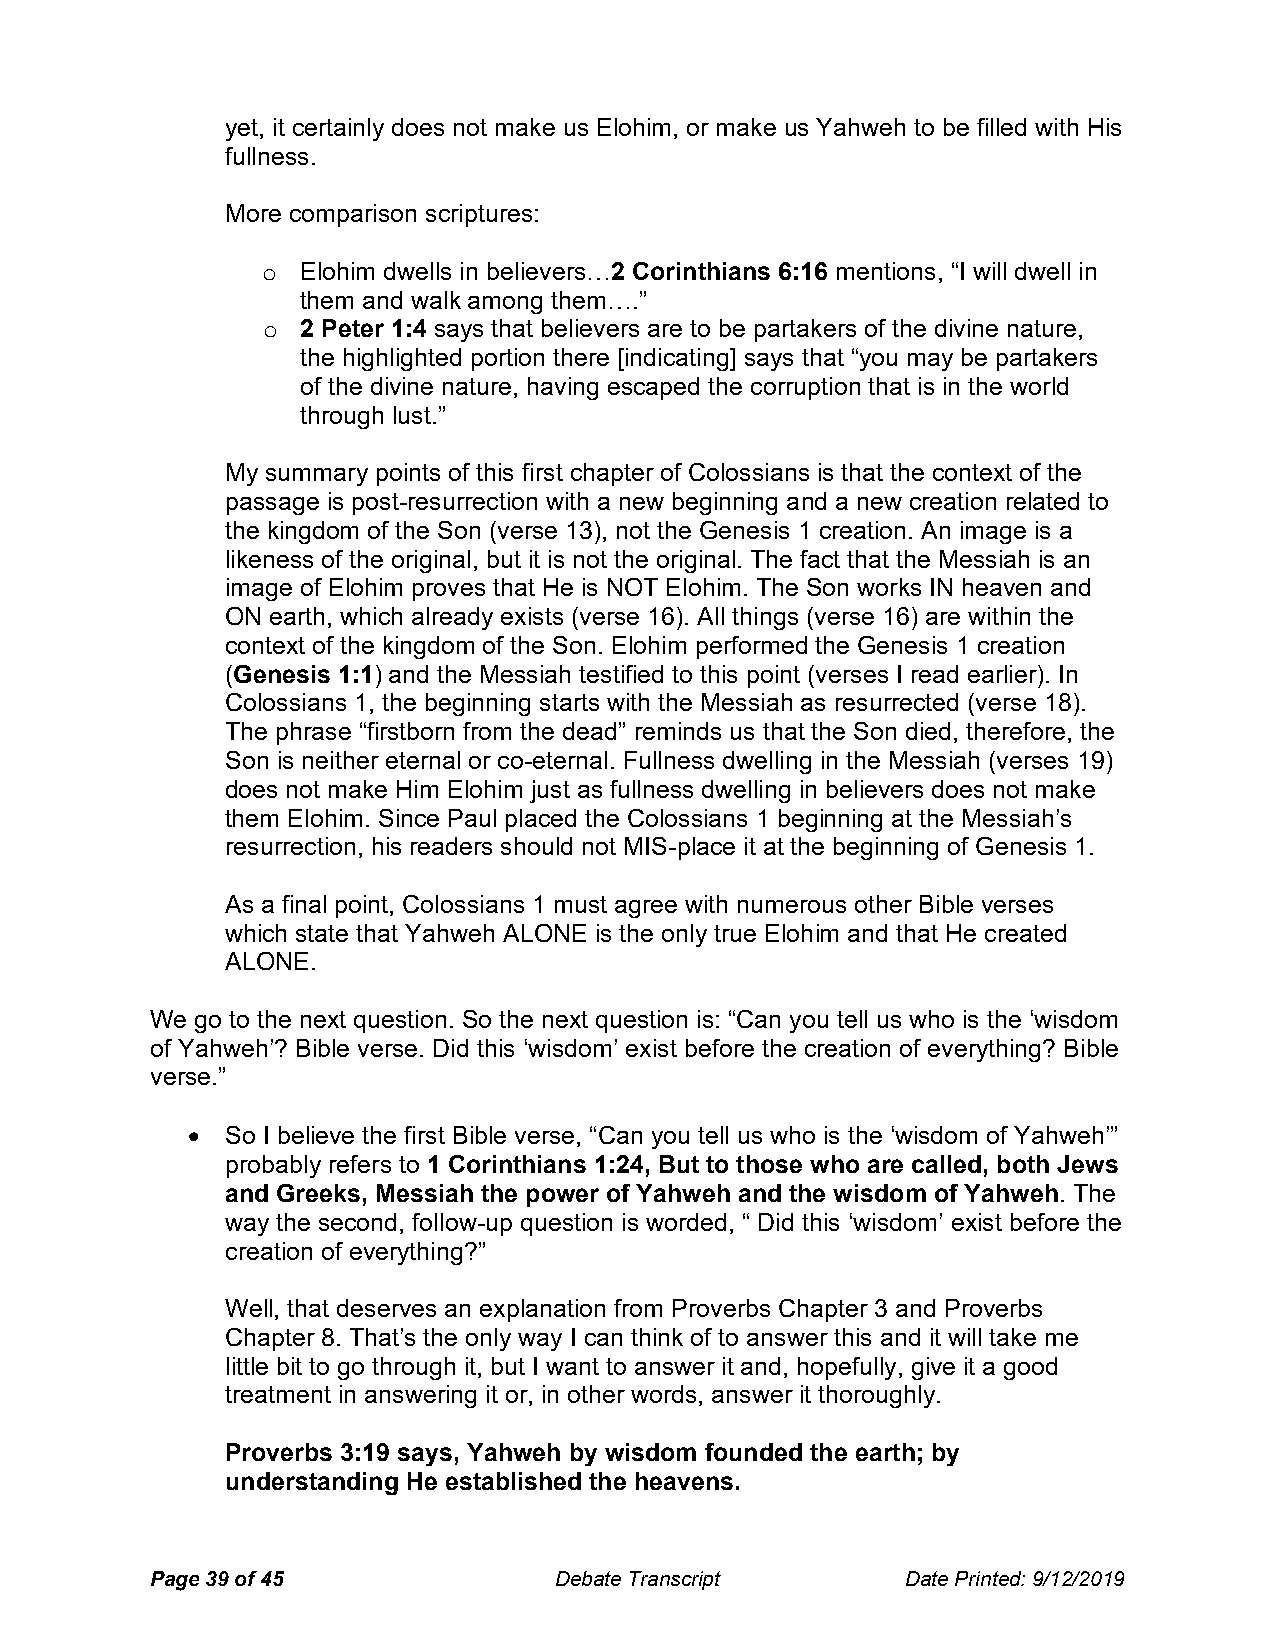
yet, it certainly does not make us Elohim, or make us Yahweh to be filled with His
 fullness.
 More comparison scriptures:
 o  Elohim dwells in believers…2 Corinthians 6:16 mentions, “I will dwell in
 them and walk among them….”
 o  2 Peter 1:4 says that believers are to be partakers of the divine nature,
 the highlighted portion there [indicating] says that “you may be partakers
 of the divine nature, having escaped the corruption that is in the world
 through lust.”
 My summary points of this first chapter of Colossians is that the context of the
 passage is post-resurrection with a new beginning and a new creation related to
 the kingdom of the Son (verse 13), not the Genesis 1 creation. An image is a
 likeness of the original, but it is not the original. The fact that the Messiah is an
 image of Elohim proves that He is NOT Elohim. The Son works IN heaven and
 ON earth, which already exists (verse 16). All things (verse 16) are within the
 context of the kingdom of the Son. Elohim performed the Genesis 1 creation
 (Genesis 1:1) and the Messiah testified to this point (verses I read earlier). In
 Colossians 1, the beginning starts with the Messiah as resurrected (verse 18).
 The phrase “firstborn from the dead” reminds us that the Son died, therefore, the
 Son is neither eternal or co-eternal. Fullness dwelling in the Messiah (verses 19)
 does not make Him Elohim just as fullness dwelling in believers does not make
 them Elohim. Since Paul placed the Colossians 1 beginning at the Messiah’s
 resurrection, his readers should not MIS-place it at the beginning of Genesis 1.
 As a final point, Colossians 1 must agree with numerous other Bible verses
 which state that Yahweh ALONE is the only true Elohim and that He created
 ALONE.
 We go to the next question. So the next question is: “Can you tell us who is the ‘wisdom
 of Yahweh’? Bible verse. Did this ‘wisdom’ exist before the creation of everything? Bible
 verse.”
   So I believe the first Bible verse, “Can you tell us who is the ‘wisdom of Yahweh’”
 probably refers to 1 Corinthians 1:24, But to those who are called, both Jews
 and Greeks, Messiah the power of Yahweh and the wisdom of Yahweh. The
 way the second, follow-up question is worded, “ Did this ‘wisdom’ exist before the
 creation of everything?”
 Well, that deserves an explanation from Proverbs Chapter 3 and Proverbs
 Chapter 8. That’s the only way I can think of to answer this and it will take me
 little bit to go through it, but I want to answer it and, hopefully, give it a good
 treatment in answering it or, in other words, answer it thoroughly.
 Proverbs 3:19 says, Yahweh by wisdom founded the earth; by
 understanding He established the heavens.
 Page 39 of 45              Debate Transcript      Date Printed: 9/12/2019